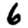
Digit: 6